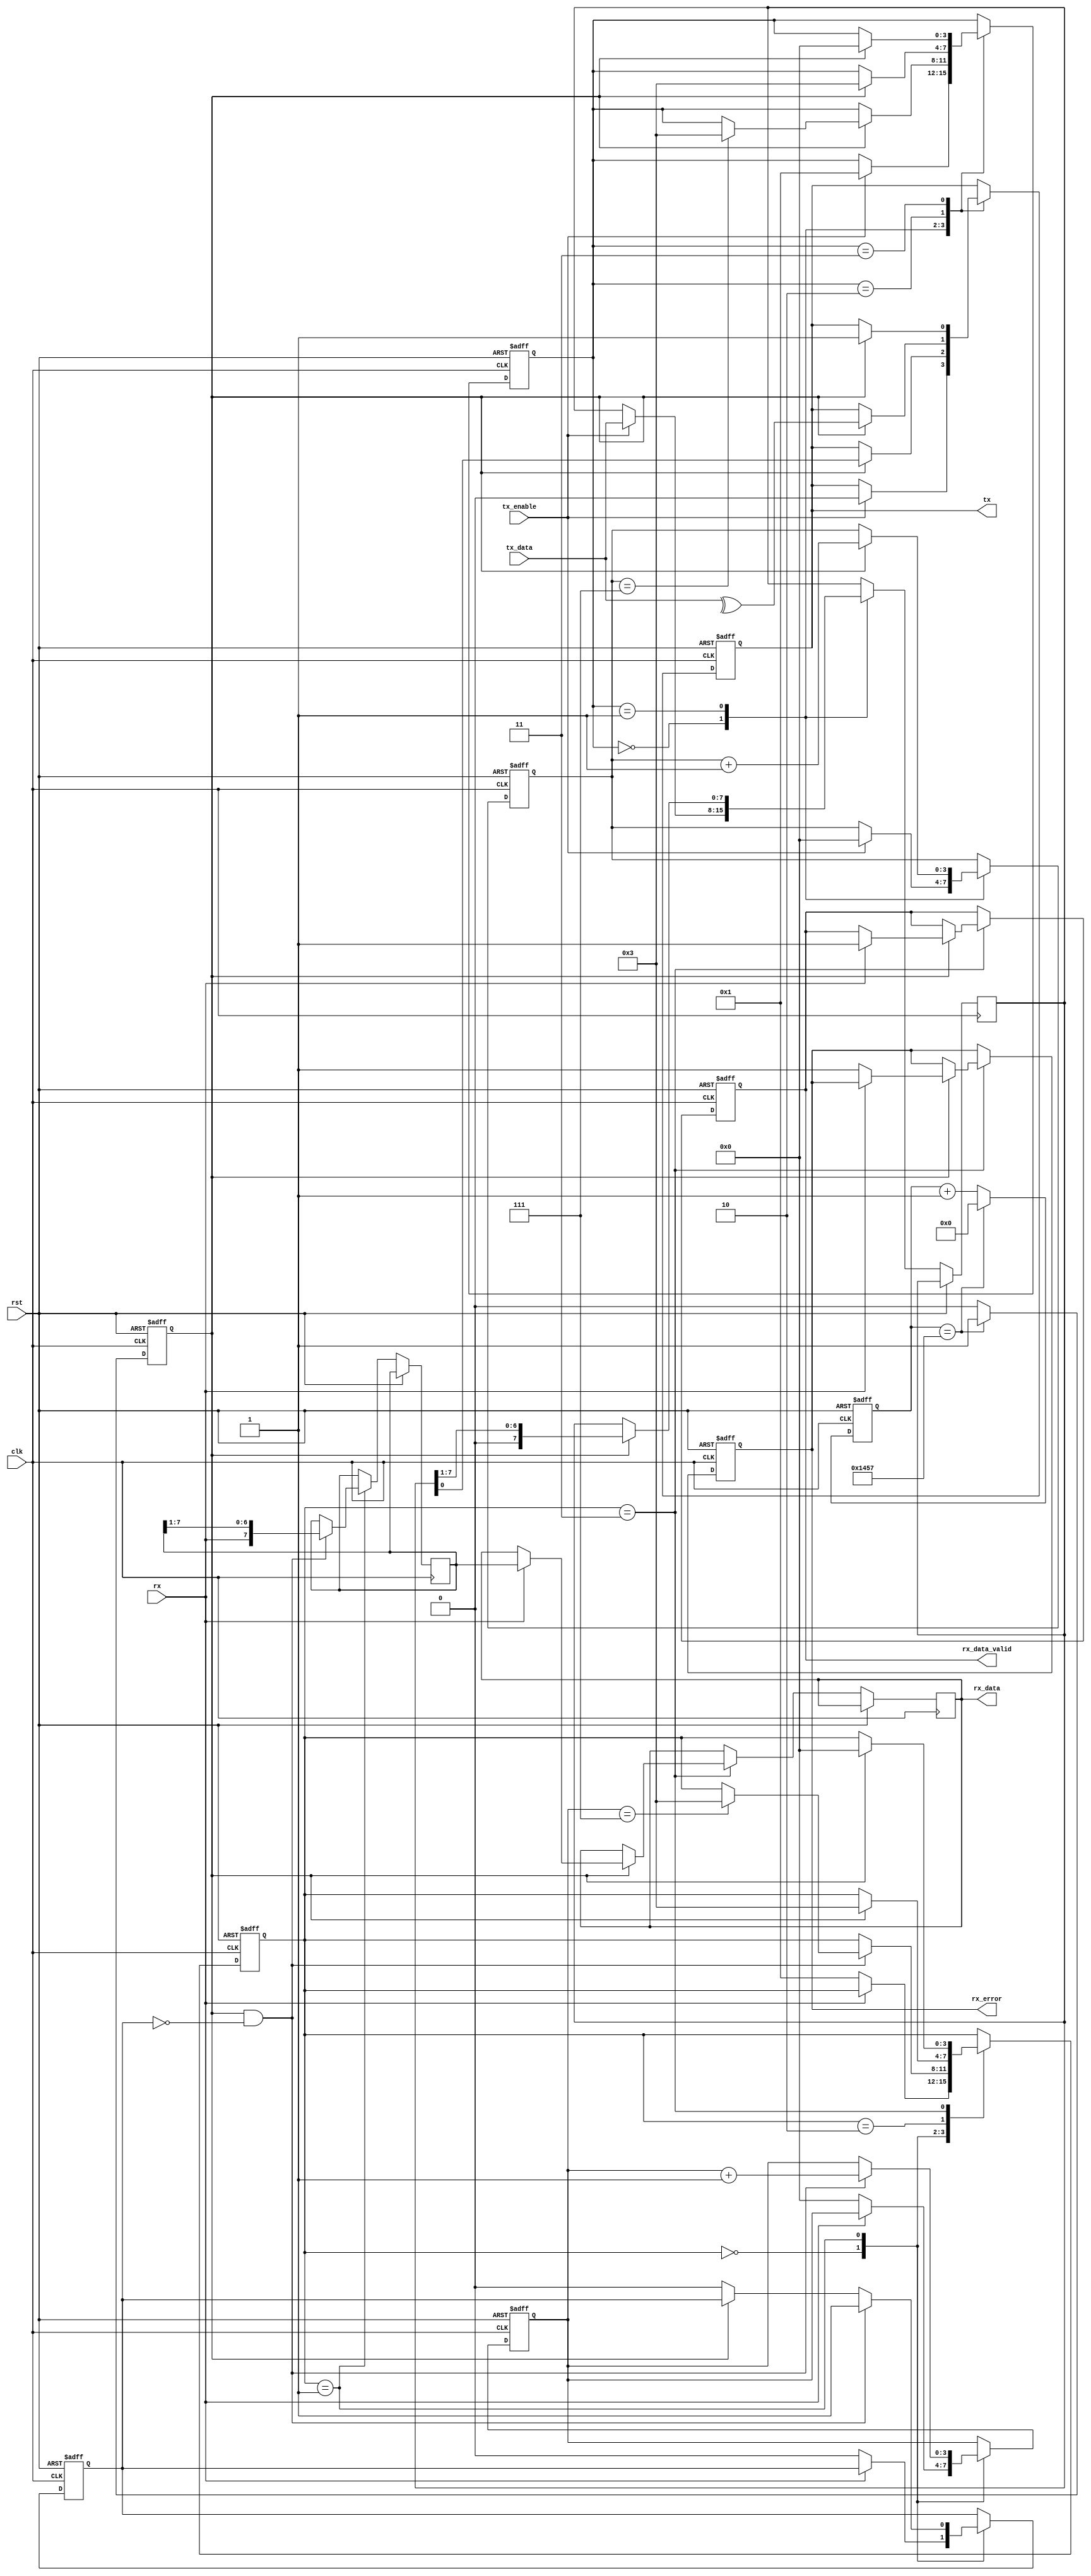
module parameterized_uart #(
    parameter BAUD_RATE = 9600,
    parameter DATA_BITS = 8,
    parameter STOP_BITS = 1,
    parameter PARITY = "NONE", // Options: "NONE", "EVEN", "ODD"
    parameter CLOCK_FREQ = 50000000 // 50 MHz
)(
    input wire clk,
    input wire rst,
    input wire tx_enable,
    input wire [DATA_BITS-1:0] tx_data,
    output reg tx,
    input wire rx,
    output reg [DATA_BITS-1:0] rx_data,
    output reg rx_data_valid,
    output reg rx_error
);

    // Baud rate generator
    localparam BAUD_DIV = CLOCK_FREQ / BAUD_RATE;
    reg [15:0] baud_counter;
    reg baud_tick;

    always @(posedge clk or posedge rst) begin
        if (rst) begin
            baud_counter <= 0;
            baud_tick <= 0;
        end else begin
            if (baud_counter == BAUD_DIV - 1) begin
                baud_counter <= 0;
                baud_tick <= 1;
            end else begin
                baud_counter <= baud_counter + 1;
                baud_tick <= 0;
            end
        end
    end

    // Transmitter
    reg [3:0] tx_state;
    reg [DATA_BITS-1:0] tx_shift;
    reg [3:0] tx_bit_count;

    always @(posedge clk or posedge rst) begin
        if (rst) begin
            tx <= 1; // Idle state
            tx_state <= 0;
            tx_bit_count <= 0;
        end else begin
            case (tx_state)
                0: begin // Idle
                    if (tx_enable) begin
                        tx <= 0; // Start bit
                        tx_shift <= tx_data;
                        tx_bit_count <= 0;
                        tx_state <= 1;
                    end
                end
                1: begin // Transmit data bits
                    if (baud_tick) begin
                        tx <= tx_shift[0]; // Send LSB first
                        tx_shift <= {1'b0, tx_shift[DATA_BITS-1:1]}; // Shift
                        tx_bit_count <= tx_bit_count + 1;
                        if (tx_bit_count == DATA_BITS - 1) begin
                            if (PARITY != "NONE") begin
                                tx_state <= 2; // Go to parity state
                            end else begin
                                tx_state <= 3; // Go to stop state
                            end
                        end
                    end
                end
                2: begin // Parity bit
                    if (baud_tick) begin
                        // Calculate parity bit
                        tx <= (PARITY == "EVEN") ? ~^tx_data : ^tx_data;
                        tx_state <= 3; // Go to stop state
                    end
                end
                3: begin // Stop bits
                    if (baud_tick) begin
                        if (STOP_BITS == 1) begin
                            tx <= 1; // One stop bit
                            tx_state <= 0; // Back to idle
                        end else begin
                            tx <= (tx_bit_count == 0) ? 1 : 1; // Two stop bits
                            if (tx_bit_count == 1) begin
                                tx_state <= 0; // Back to idle
                            end
                        end
                    end
                end
            endcase
        end
    end

    // Receiver
    reg [3:0] rx_state;
    reg [DATA_BITS-1:0] rx_shift;
    reg [3:0] rx_bit_count;
    reg rx_sampled;

    always @(posedge clk or posedge rst) begin
        if (rst) begin
            rx_state <= 0;
            rx_data_valid <= 0;
            rx_error <= 0;
            rx_bit_count <= 0;
            rx_sampled <= 0;
        end else begin
            case (rx_state)
                0: begin // Idle
                    if (!rx) begin // Start bit detected
                        rx_state <= 1;
                        rx_bit_count <= 0;
                        rx_sampled <= 0;
                    end
                end
                1: begin // Sample data bits
                    if (baud_tick && !rx_sampled) begin
                        rx_sampled <= 1;
                        rx_shift <= {rx, rx_shift[DATA_BITS-1:1]};
                        rx_bit_count <= rx_bit_count + 1;
                        if (rx_bit_count == DATA_BITS - 1) begin
                            if (PARITY != "NONE") begin
                                rx_state <= 2; // Go to parity state
                            end else begin
                                rx_state <= 3; // Go to stop state
                            end
                        end
                    end else if (!baud_tick) begin
                        rx_sampled <= 0;
                    end
                end
                2: begin // Parity check
                    if (baud_tick) begin
                        // Check parity
                        if ((PARITY == "EVEN" && ^rx_shift != 0) || (PARITY == "ODD" && ^rx_shift == 0)) begin
                            rx_error <= 1; // Parity error
                        end
                        rx_state <= 3; // Go to stop state
                    end
                end
                3: begin // Stop bits
                    if (baud_tick) begin
                        if (rx == 1) begin
                            rx_data <= rx_shift; // Valid data received
                            rx_data_valid <= 1;
                        end else begin
                            rx_error <= 1; // Framing error
                        end
                        rx_state <= 0; // Back to idle
                    end
                end
            endcase
        end
    end

endmodule